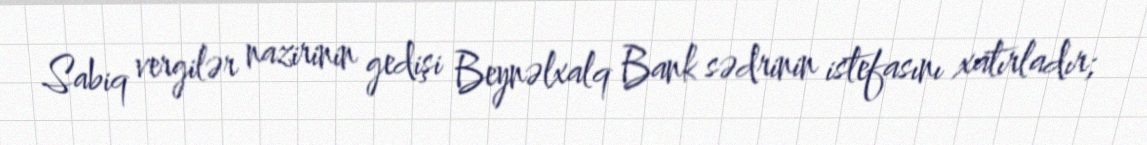
Sabiq vergilər nazirinin gedişi Beynəlxalq Bank sədrinin istefasını xatırladır;